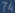
74